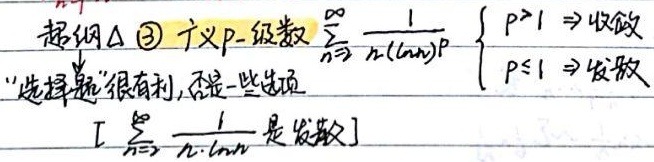
超纲△ \textcircled{3} 广义\(p\)级数 \(\sum_{n = 2}^{\infty}\frac{1}{n(\ln n)^{p}}\begin{cases}p > 1\Rightarrow 收敛\\p\leq1\Rightarrow 发散\end{cases}\)
“选择题”很有利, 不追一些出处
\[\sum_{n = 2}^{\infty}\frac{1}{n\cdot\ln n}\text{ 是发散}\]